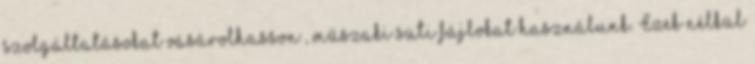
szolgáltatásokat vásárolhasson , műszaki süti fájlokat használunk. Ezek nélkül